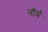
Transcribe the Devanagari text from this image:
नाॅर्म